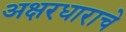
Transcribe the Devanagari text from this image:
अक्षरधाराचे